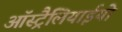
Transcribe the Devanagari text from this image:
ऑस्ट्रैलियाईयो